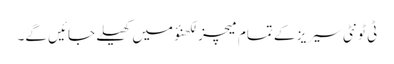
ٹی ٹونٹی سیریز کے تمام میچز لکھنؤ میں کھیلے جائیں گے۔